Annual report on the lock hospitals of the Madras Presidency
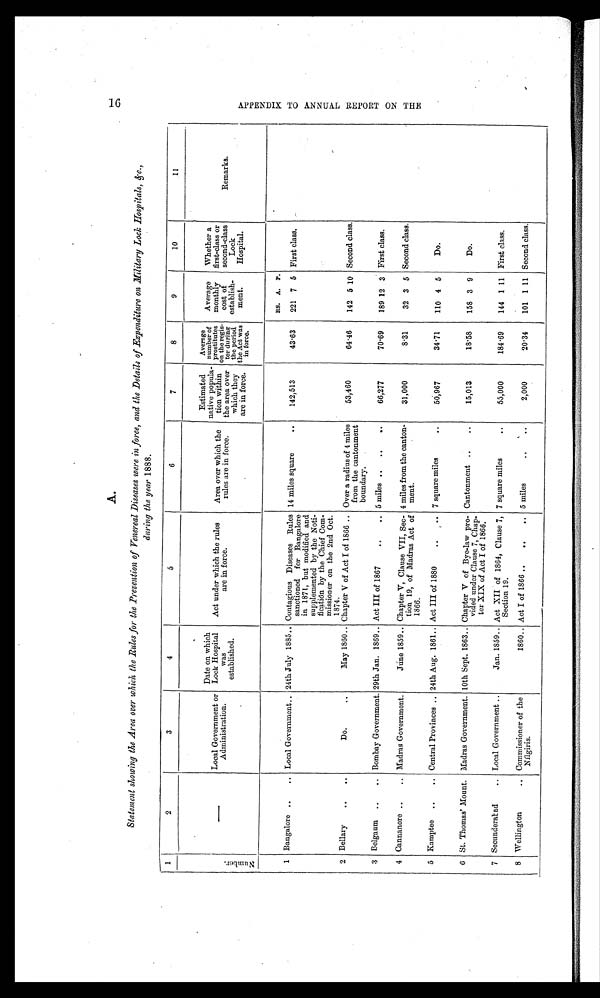
A.
Statement showing the Area over which the Rules for the Prevention of Venereal Diseases were in force, and the Details of Expenditure on Military Lock Hospitals, &c.,
during the year 1888.
1
2
3
4
5
6
7
8
9
10
11
N u m b e r .
—
Local Government or
Administration.
Date on which
Lock Hospital
was
established.
Act under which the rules
are in force.
Area over which the
rules are in force.
Estimated
native popula-
tion within
the area over
which they
are in force.
Average
number of
pr
ostitutes
o n t h e r e g i s
- t e r d u r i n g
t h e p e r i o d t h e Ac t wa s i n f o r c e .
Average
monthly
cost of
establish-
ment.
Whether a
first-class or
second-class
Lock
Hospital.
Remarks.
RS. A. P.
1 Bangalore ..
.. Local Government .. 24th July 1885.. Contagious Diseases Rules
sanctioned for Bangalore
in 1871, but modified and
supplemented by the Noti-
fication by the Chief Com-
missioner on the 2nd Oct.
1874..
14 miles square
..
142,513
43.63
221 7 5 First class.
2 Bellary ..
..
Do.
. .
May 1860.. Chapter V of Act I of 1866 .. Over a radius of 4 miles
from the cantonment
boundary.
53,460
64.46
142 5 10 Second class.
3 Belgaum .. .. Bombay Government. 29th Jan. 1869.. Act III of 1867
..
.. 5 miles .. ..
..
66,277
7 0 . 6 9
189 12 3 First class.
4 Cannanore ..
.. Madras Government.
June 1859 .. Chapter V, Clause VII, Sec-
tion 19, of Madras Act of
1866.
4 miles from the canton-
ment.
31,000
8 . 3 1
32 3 5 Second class.
5 Kamptee ..
.. Central Provinces .. 24th Aug. 1861.. Act III of 1880
..
.. 7 square miles
..
50,967
34.71
110 4 5
Do.
6 St. Thomas' Mount. Madras Government. 10th Sept. 1863.. Chapter V of Bye-law pro-
vided under Clause 7, Chap-
ter XIX of Act I of 1866.
Cantonment ..
..
15,013
18.58
158 3 9
Do.
7 Secunderabad
.. Local Government ..
Jan. 1859.. Act XII of 1864, Clause 7,
Section 19.
7 square miles
. .
55,000
184.69
144 1 11 First class.
8 Wellington
.. Commissioner of the
Nilgiris.
1860.. Act I of 1866 ..
..
.. 5 miles
..
. .
2,000
20.34
101 1 11 Second class.
1 6 A P P E N D I X T O A N N U A L R E P O R T O N T H E